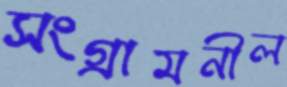
সংগ্রামনীল